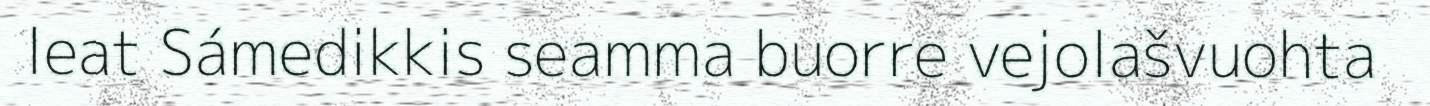
leat Sámedikkis seamma buorre vejolašvuohta